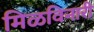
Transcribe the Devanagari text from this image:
मिळविनारी